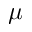
\mu